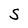
Character: S